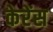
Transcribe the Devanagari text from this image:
केरेंस